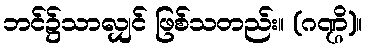
ဘင်၌သာလျှင် ဖြစ်သတည်း။ (ဂဏ္ဌိ)။